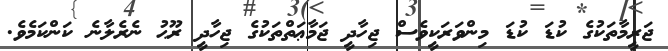
ޖަރީމާތަކުގެ ކުޑަ ކުޑަ މިންވަރަކީވެސް ޖިހާދީ ޖަމާޢަތްތަކުގެ ޖިހާދީ ރޫޙު ނެރެލާނެ ކަންކަމެވެ.